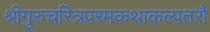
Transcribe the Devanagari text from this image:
श्रीगुरुचरित्रपरमकथाकल्पतरौ